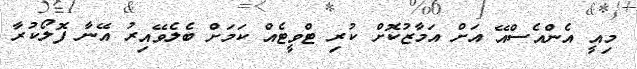
މިއީ އެންއެސްއޭ އަށް އަމާޒުކޮށް ކުރި ޓްވީޓެއް ކަމަށް ބެލެވޭއިރު އޭނާ ފޮލޯކުރާ